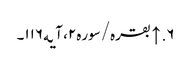
۶. ↑ بقره/سوره۲، آیه۱۱۶۔